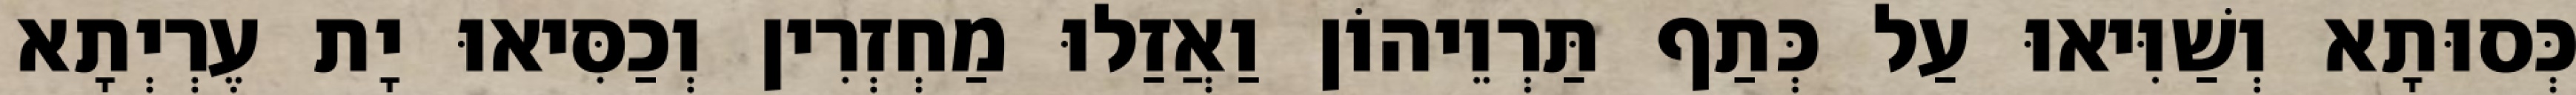
כְּסוּתָא וְשַׁוִּיאוּ עַל כְּתַף תַּרְוֵיהוֹן וַאֲזַלוּ מַחְזְרִין וְכַסִּיאוּ יָת עֶרְיְתָא